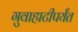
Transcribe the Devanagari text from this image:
गुवाहाटीपर्यंत